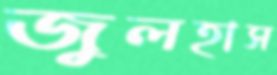
জুলহাস